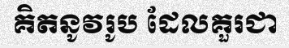
គិតនូវរូប ដែលគួរជា